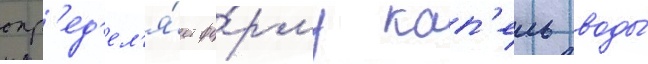
опр'ед'ел'я́ет фо́рму кап'ель воды́